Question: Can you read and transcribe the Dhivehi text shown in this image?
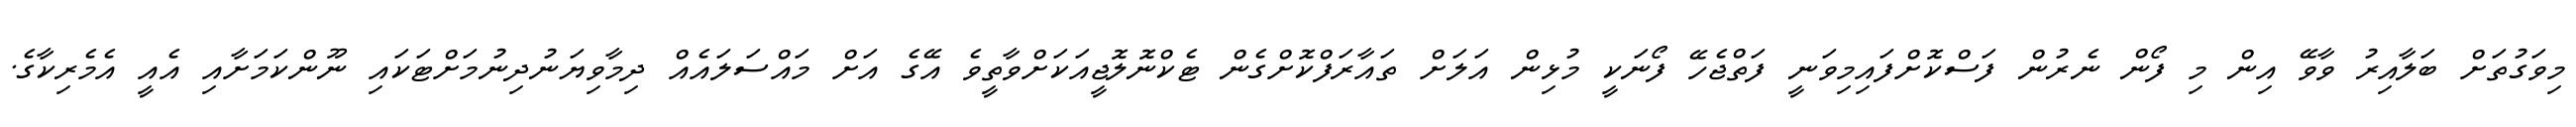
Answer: މިވަގުތަށް ބަލާއިރު ވާވޭ އިން މި ފޯން ނެރުން ފަސްކޮށްފައިމިވަނީ ފަތްޖެހޭ ފޯނަކީ މުޅިން އަލަށް ތައާރަފްކޮށްގެން ޓެކްނޮލޮޖީއަކަށްވާތީވެ އޭގެ އަށް މައްސަލައެއް ދިމާވިޔަނުދިނުމަށްޓަކައި ނޫންކަމަށާއި އެއީ އެމެރިކާގެ.